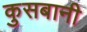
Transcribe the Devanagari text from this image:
कुसबानी